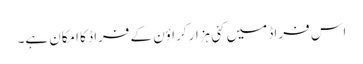
اس فراڈ میں کئی ہزار کراؤن کے فراڈ کا امکان ہے۔